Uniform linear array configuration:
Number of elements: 32
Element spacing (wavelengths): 0.25
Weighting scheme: hamming
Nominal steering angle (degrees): -30
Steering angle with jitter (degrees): -30.02
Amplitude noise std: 0.05
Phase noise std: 0.05

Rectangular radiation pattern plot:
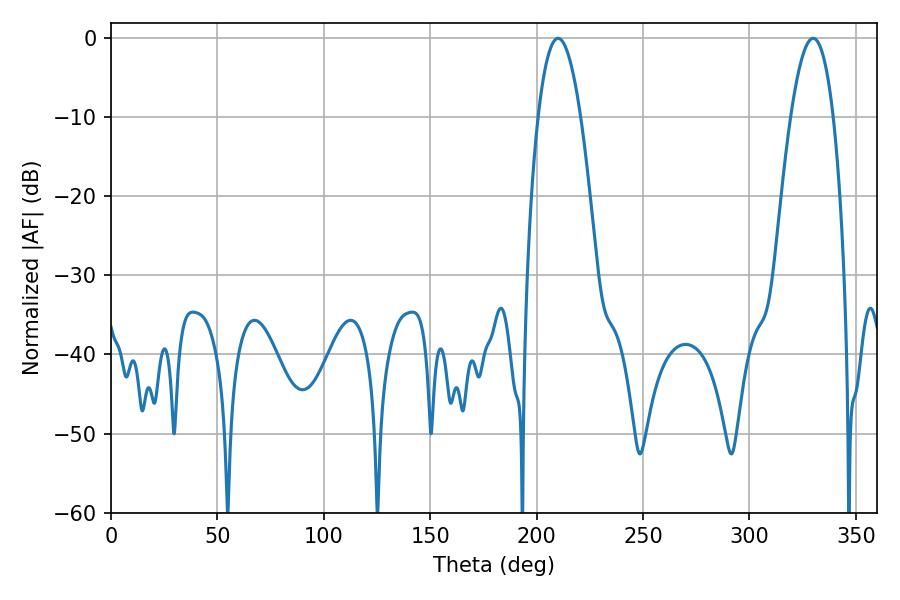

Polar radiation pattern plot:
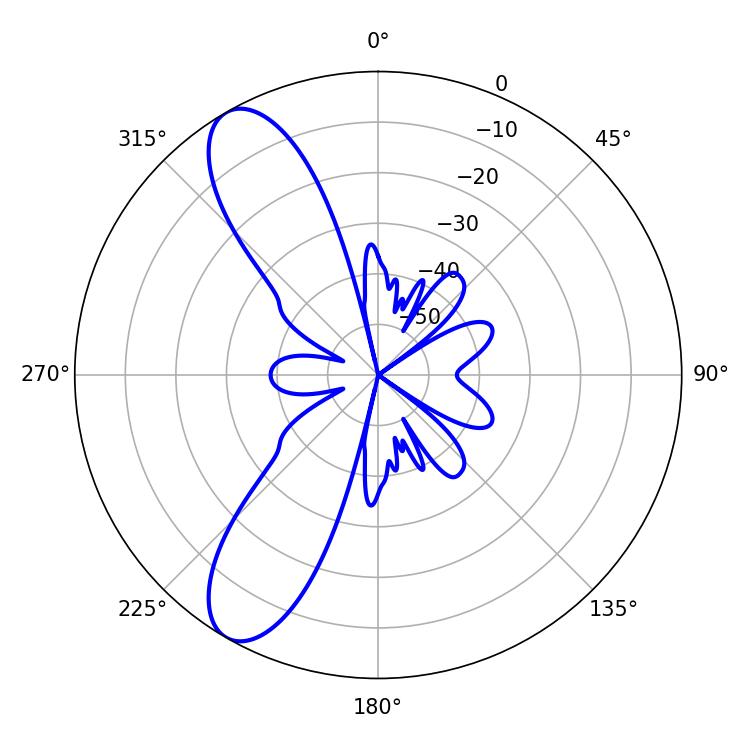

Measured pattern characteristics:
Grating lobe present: FALSE
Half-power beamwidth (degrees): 11.16
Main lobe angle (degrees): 329.94